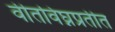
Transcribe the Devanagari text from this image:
वीतविघ्नप्रतीत